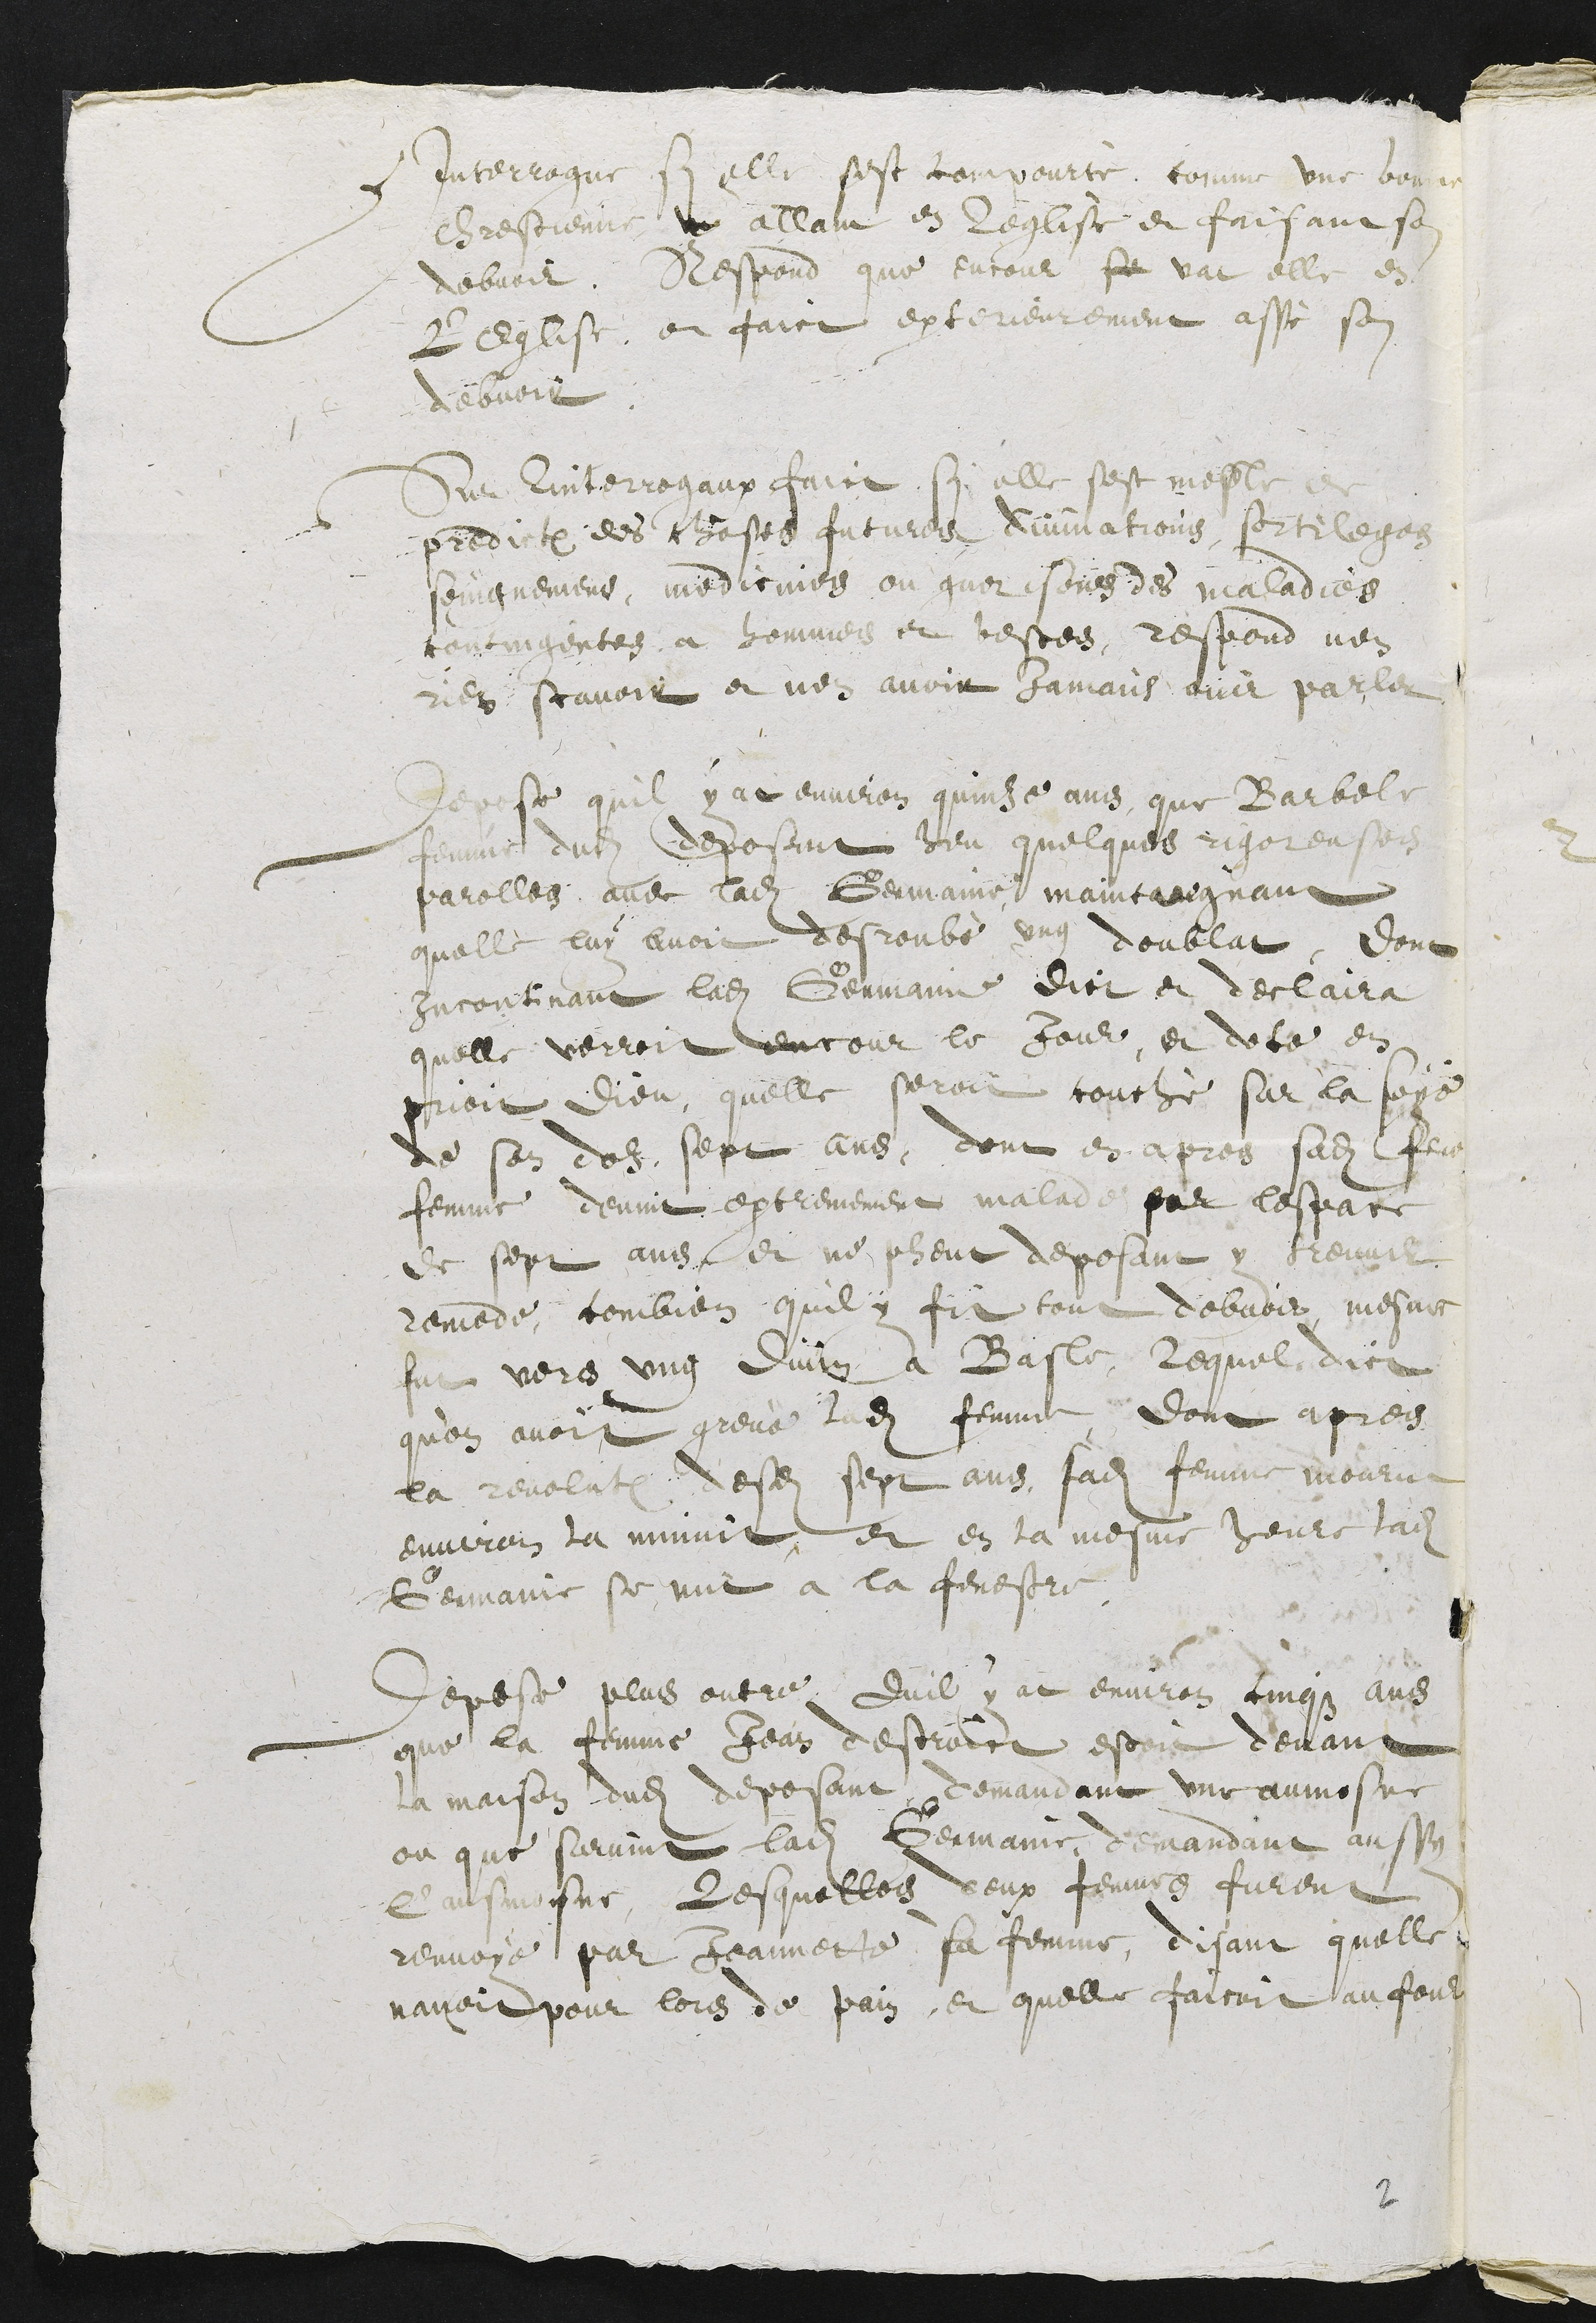
Interrogue si elle sest compourté comme une bonne
Chrestienne un allant en leglise et faisant son
debvoir, Respond que encour se vat elle en
Leglise, et faict exterieurement assé son
debvoir.
Sur linterrogaux faict si elle sest mesle de
predictions des choses futures divinations, sortileges
soingnemens, medicines ou guerisons des maladies
contingentes a hommes et bestes, respond nen
rien scavoir et nen avoir Jamais ouir parler
Depose quil y at environ quinze ans que Barbele
femme dudit deposant heu quelques rigoreuses
parolles avec ladite Germaine maintaegnant
quelle luy avoit desroubé ung doublat, dont
incontinant ladite Germaine dict et declaira
quelle verroit encour le Jour, et dece en
prier dieu, quelle seroit couché sur la soye
de son doz sept ans, dont en apres sadite feu
femme devint extremement malade par lespace
de sept ans et ne pheut deposant y treuver
remede combien quil y fit tout debvoir, mesme
fut vers ung divin a Basle, lequel dict
qu'on avoit grevé ledit femme, dont apres
la revolution desdits sept ans sadite femme mourut
environ la minuit, et en la mesme heure ladite
Germaine se mit a la fenestre,
Depose plus outre quil y at environ cinqz ans
que la femme Jean destroict estoit devant
la maison dudit deposant demandant une aumosne
ou que survint ladite Germaine, demandant aussy
l'ausmosne, Lesquelles deux femmes furent
renvoye par Jeannette sa femme, disant quelle
navoit pour lors de pain, et quelle faicoit au four

2